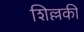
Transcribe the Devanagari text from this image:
शिल्लकी